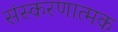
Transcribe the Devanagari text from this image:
संस्करणात्मक